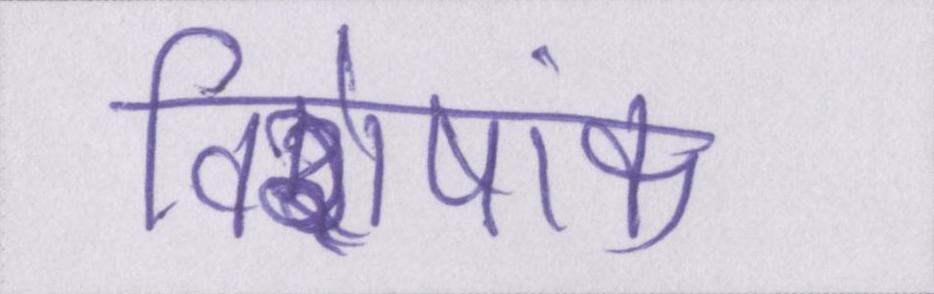
विशेषांक